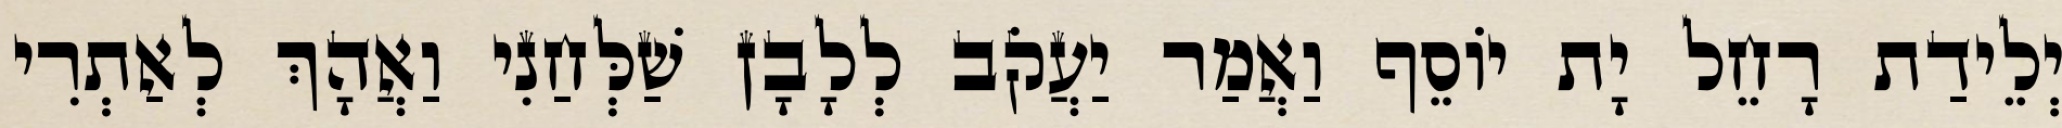
יְלֵידַת רָחֵל יָת יוֹסֵף וַאֲמַר יַעֲקֹב לְלָבָן שַׁלְּחַנִי וַאֲהָךְ לְאַתְרִי